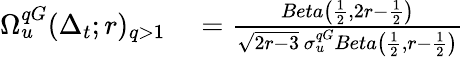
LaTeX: \begin{array}{rl}{\Omega_{u}^{qG}(\Delta_{t};r)_{q>1}}&{{}=\frac{Beta\left(\frac{1}{2},2r-\frac{1}{2}\right)}{\sqrt{2r-3}\, \sigma_{u}^{qG}Beta\left(\frac{1}{2},r-\frac{1}{2}\right)}}\end{array}